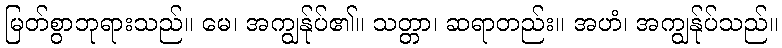
မြတ်စွာဘုရားသည်။ မေ၊ အကျွန်ုပ်၏။ သတ္တာ၊ ဆရာတည်း။ အဟံ၊ အကျွန်ုပ်သည်။